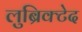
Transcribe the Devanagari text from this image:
लुब्रिक्टेद